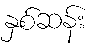
နှစ်ဆန်း